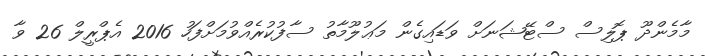
މާމެންދޫ ޕޮލިސް ސްޓޭޝަނަށް ވަޑައިގެން މަޢުލޫމާތު ސާފުކުރެއްވުމަށްފަހު 2016 އެޕްރީލް 26 ވާ